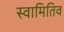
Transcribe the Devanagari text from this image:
स्वामितिव